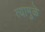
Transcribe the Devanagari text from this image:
त्यामुळॆ